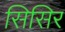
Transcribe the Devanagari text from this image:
सिसिर